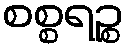
စစ္စရဉ္စ